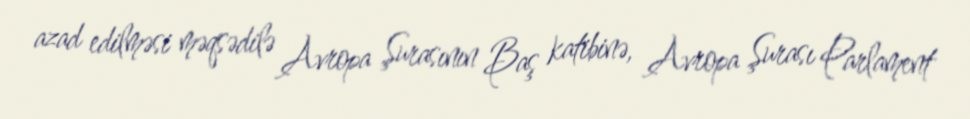
azad edilməsi məqsədilə Avropa Şurasının Baş katibinə, Avropa Şurası Parlament